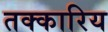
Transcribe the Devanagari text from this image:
तक्कारिय